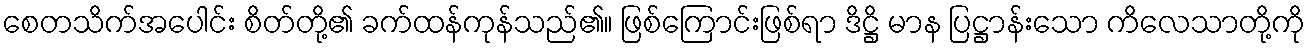
စေတသိက်အပေါင်း စိတ်တို့၏ ခက်ထန်ကုန်သည်၏။ ဖြစ်ကြောင်းဖြစ်ရာ ဒိဋ္ဌိ မာန ပြဋ္ဌာန်းသော ကိလေသာတို့ကို